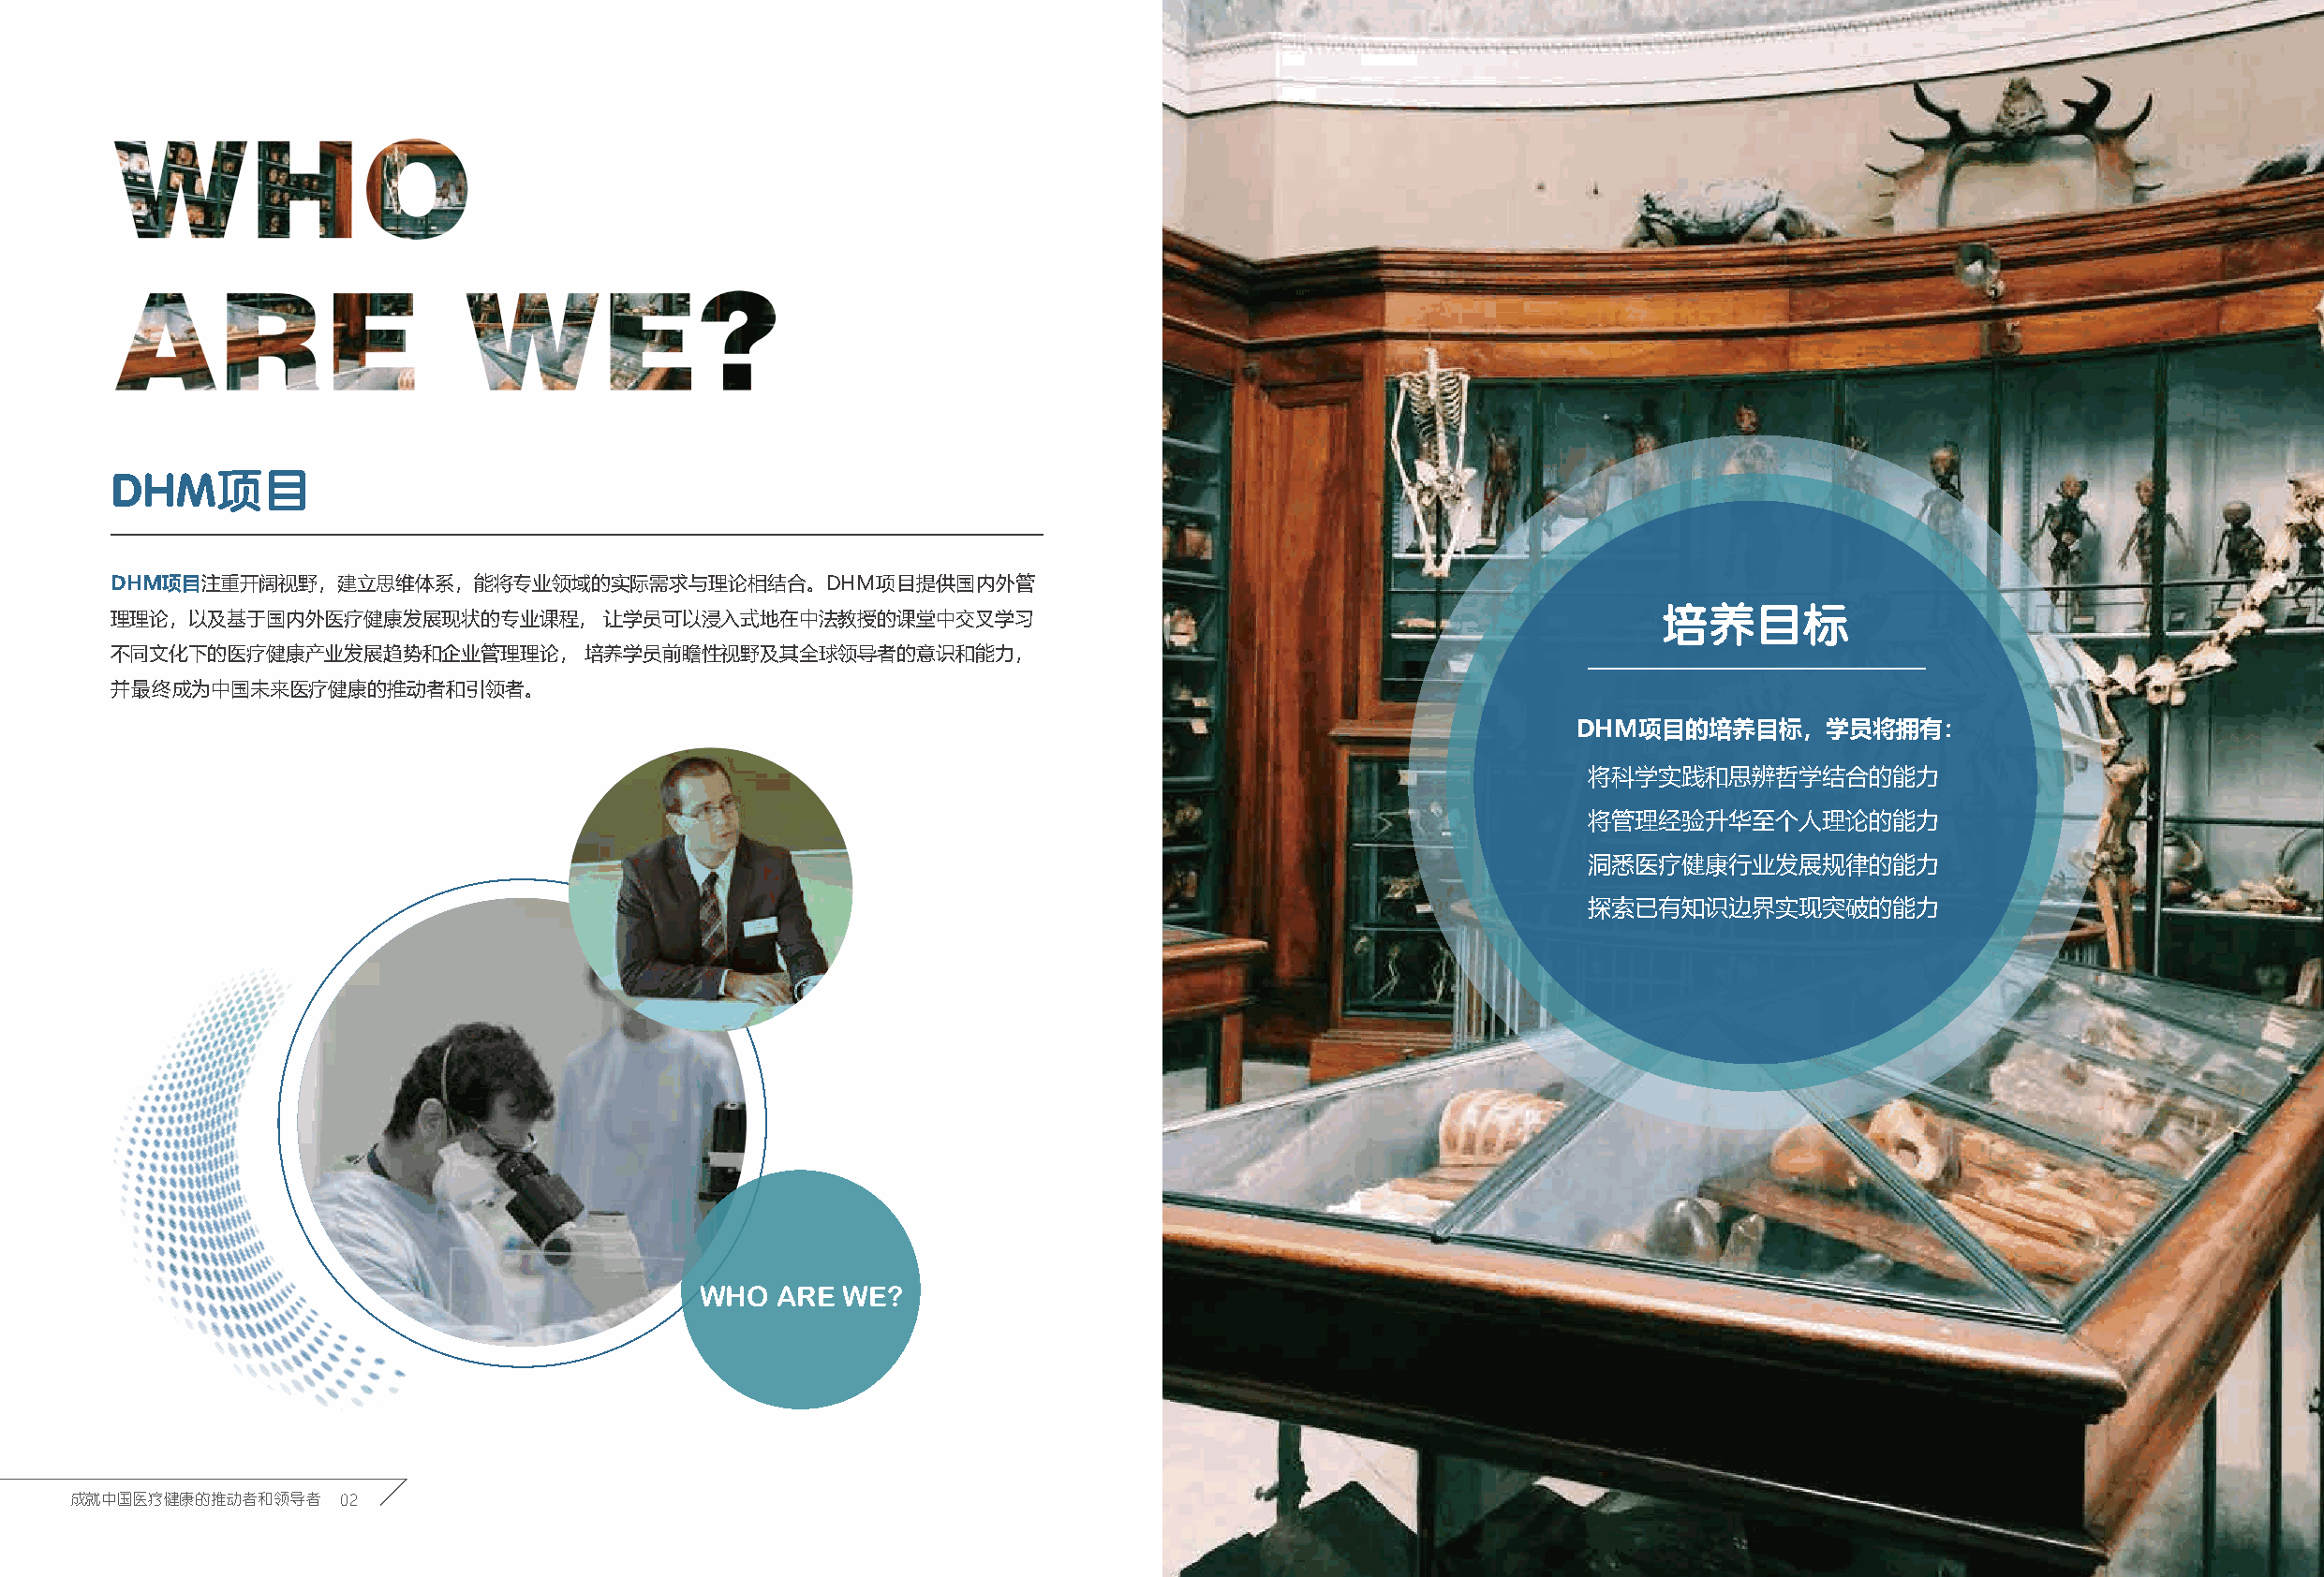
DHM项目
 DHM项目注重开阔视野，建立思维体系，能将专业领域的实际需求与理论相结合。DHM项目提供国内外管
 培养目标
 理理论，以及基于国内外医疗健康发展现状的专业课程，          让学员可以浸入式地在中法教授的课堂中交叉学习
 不同文化下的医疗健康产业发展趋势和企业管理理论，         培养学员前瞻性视野及其全球领导者的意识和能力，
 并最终成为中国未来医疗健康的推动者和引领者。
 DHM项目的培养目标，学员将拥有：
 将科学实践和思辨哲学结合的能力
 将管理经验升华至个人理论的能力
 洞悉医疗健康行业发展规律的能力
 探索已有知识边界实现突破的能力
 WHO   ARE  WE?
 成就中国医疗健康的推动者和领导者   02